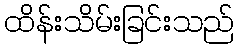
ထိန်းသိမ်းခြင်းသည်